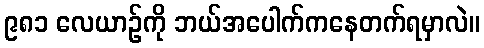
၉၈၁ လေယာဉ်ကို ဘယ်အပေါက်ကနေတက်ရမှာလဲ။